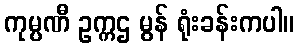
ကုမ္ပဏီ ဥက္ကဌ မွန် ရုံးခန်းကပါ။